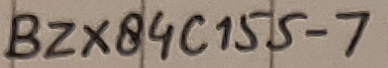
Text: BZX84C155-7